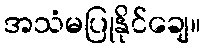
အသံမပြုနိုင်ချေ။